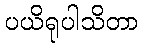
ပယိရုပါသိတာ